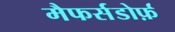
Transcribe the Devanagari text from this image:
मैफर्सडोर्फ़